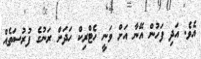
އެވެ. އަދި ފަހުން އޭނާ އަށް ވަނީ ހެޓްރިކް ހަދަން ރަނުގެ ފުރުސަތެއް